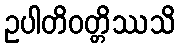
ဥပါတိဝတ္တိဿသိ